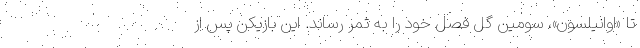
تا «اوانیلسون»، سومین گل فصل خود را به ثمر رساند. این بازیکن پس از